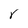
Character: r